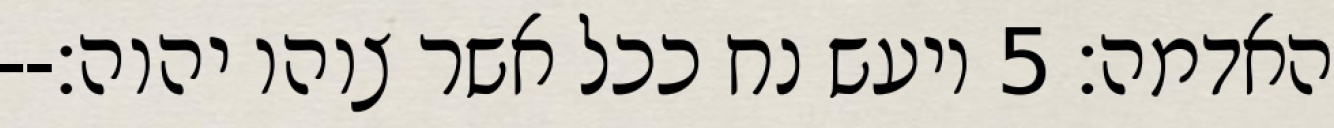
האדמה׃ ‎5‏ ויעש נח ככל אשר צוהו יהוה׃--